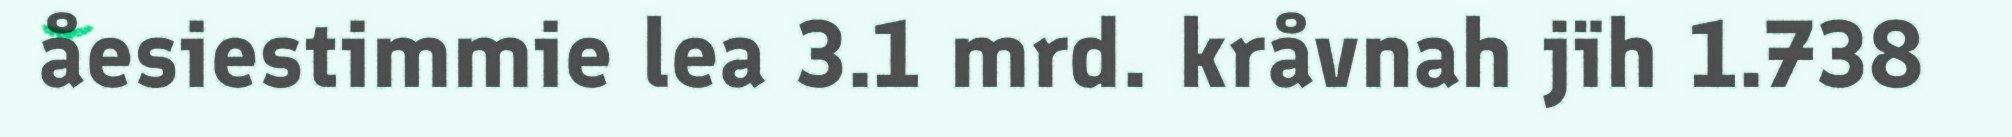
åesiestimmie lea 3.1 mrd. kråvnah jïh 1.738